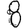
Digit: 8